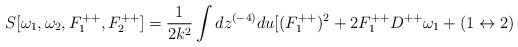
\begin{align*}S[\omega_1,\omega_2,F_1^{++},F_2^{++}]={1\over {2k^2}}\int dz^{(-4)}du \lbrack(F_1^{++})^2+2F_1^{++}D^{++}\omega_1+(1\leftrightarrow 2)\end{align*}